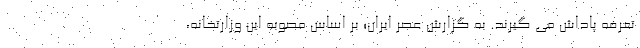
تعرفه پاداش می گیرند. به گزارش عصر ایران؛ بر اساس مصوبه این وزارتخانه،